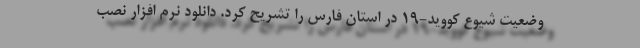
وضعیت شیوع کووید-19 در استان فارس را تشریح کرد. دانلود نرم افزار نصب